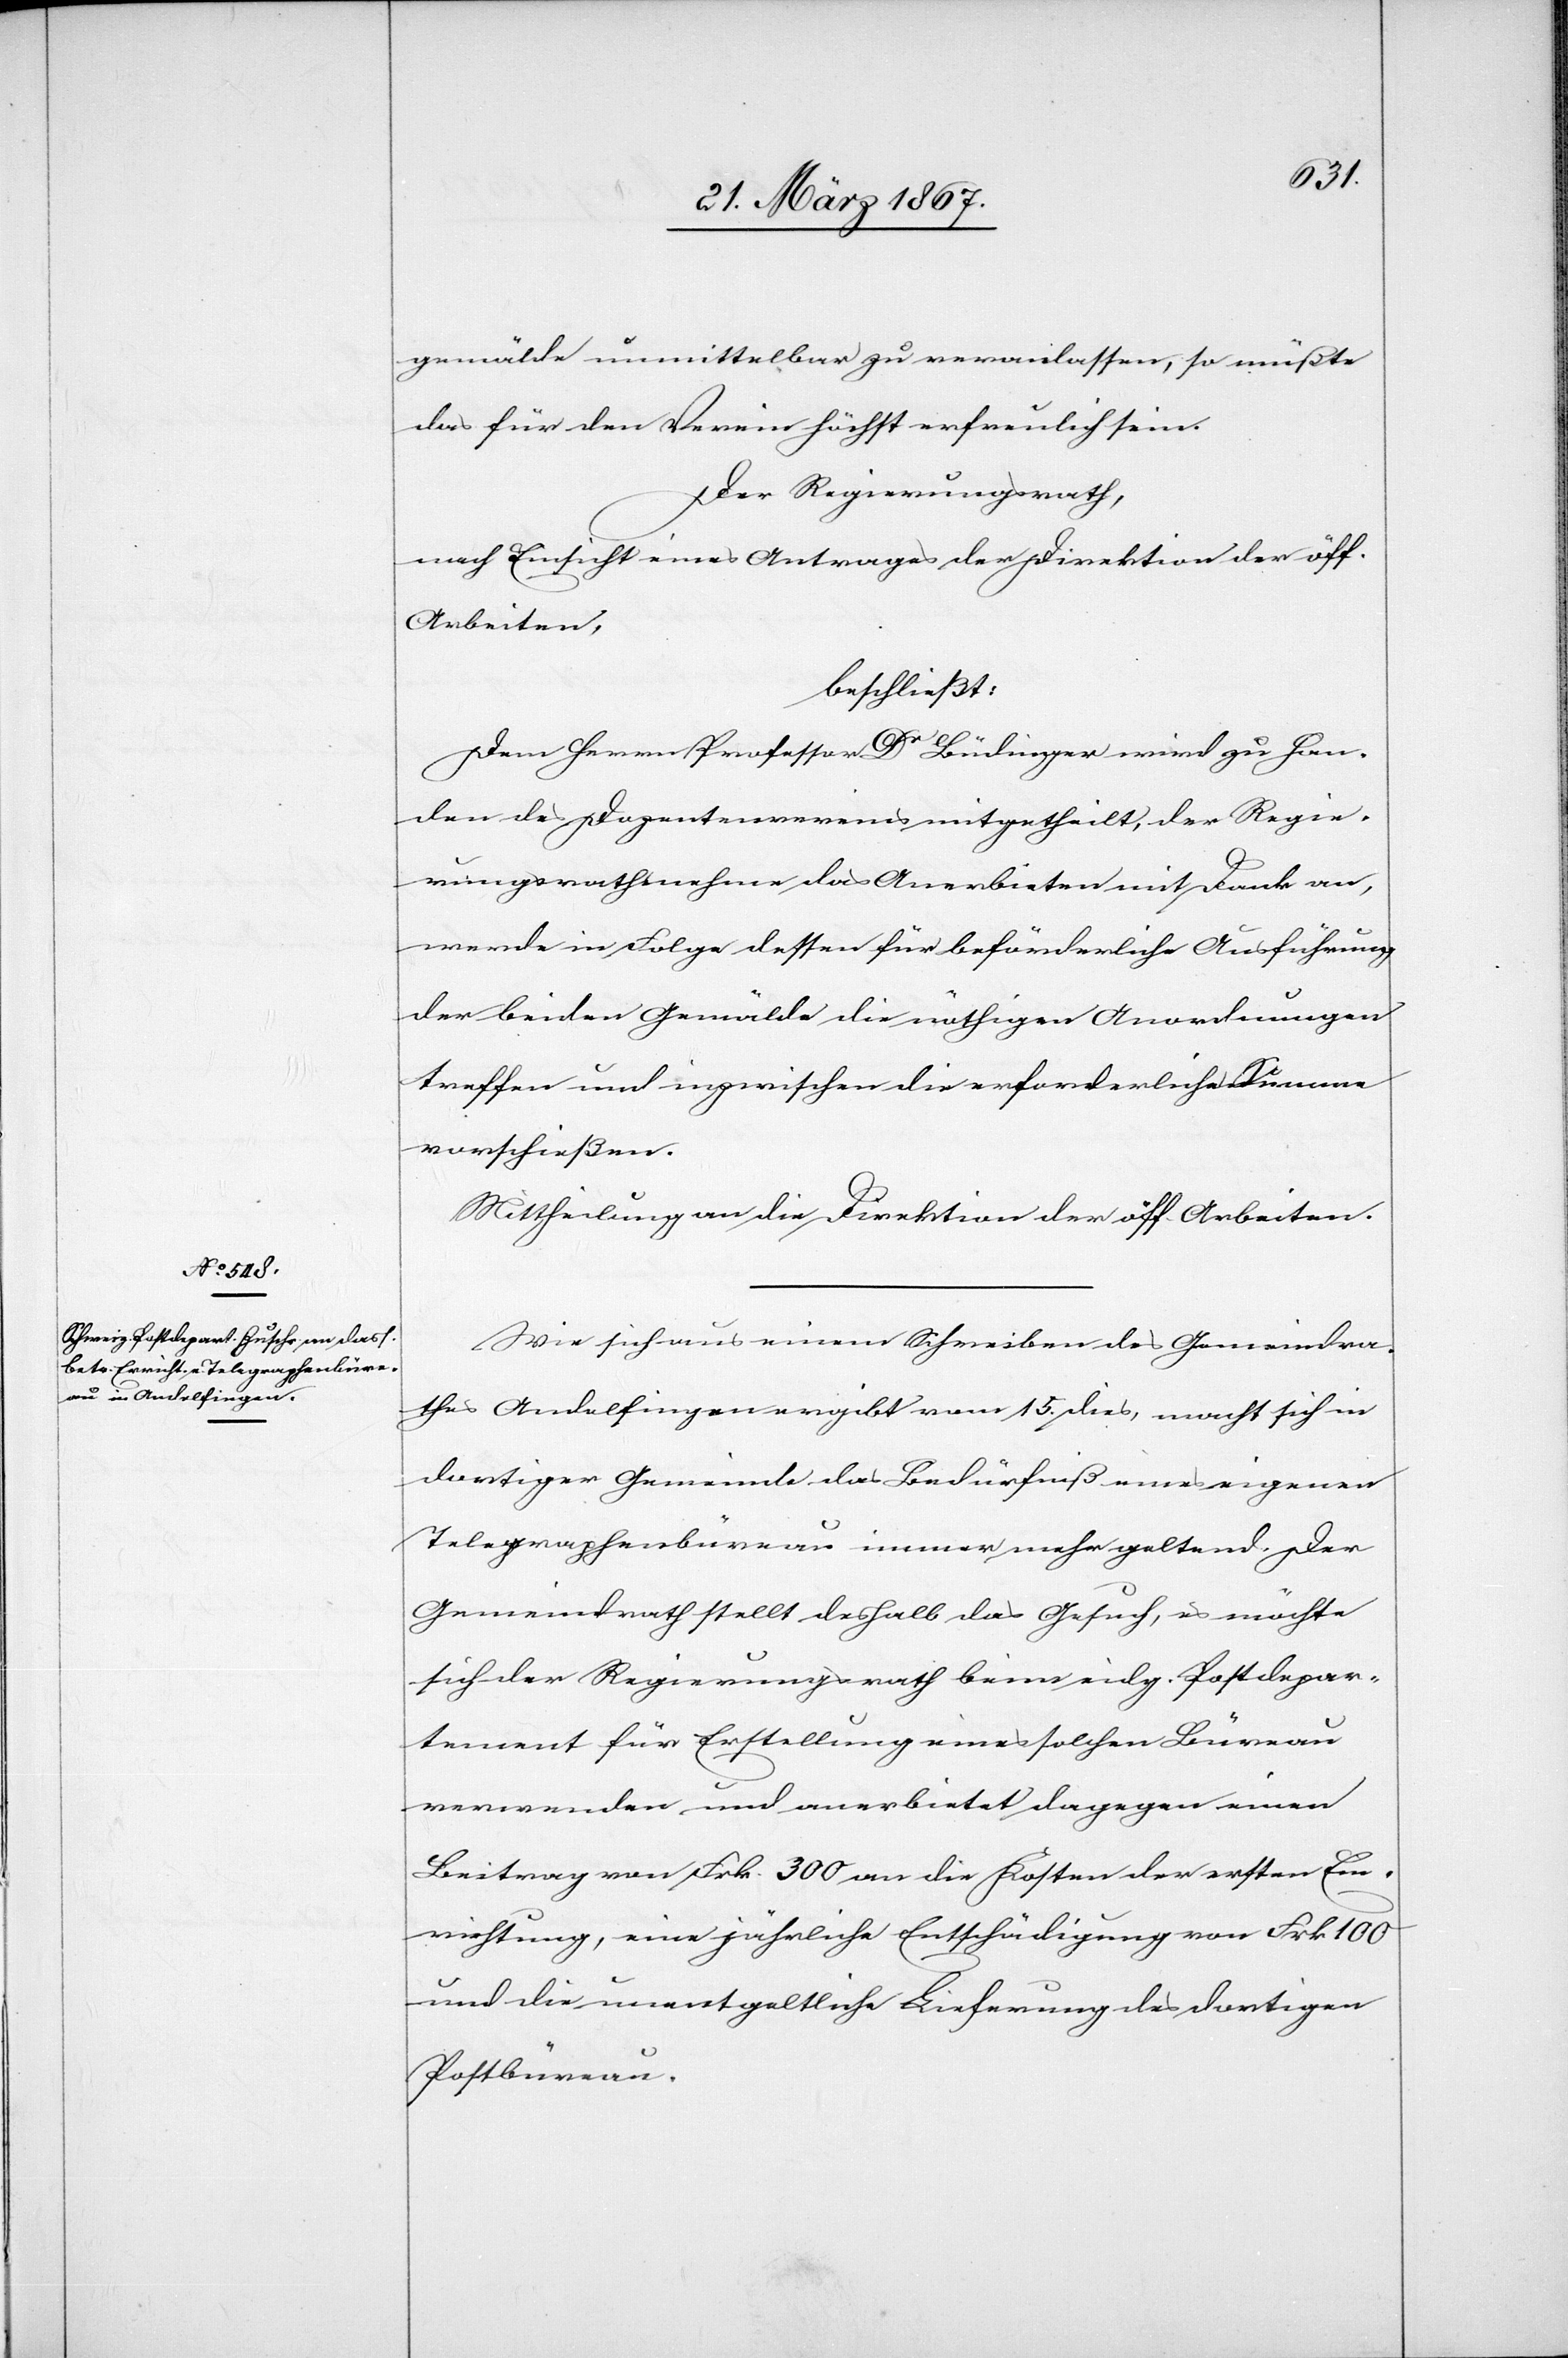
gemälde unmittelbar zu veranlassen, so müßte
das für den Verein höchst erfreulich sein.
Der Regierungsrath,
nach Einsicht eines Antrages der Direktion der öff.
Arbeiten,
beschließt:
Dem Herrn Professor Dr Bädinger wird zu Han¬
den des Dozentenvereines mitgetheilt, der Regie¬
rungsrath nehme das Anerbieten mit Dank an,
werde in Folge dessen für beförderliche Ausführung
der beiden Gemälde die nöthigen Anordnungen
treffen und inzwischen die erforderliche Summe
vorschießen.
Mittheilung an die Direktion der öff. Arbeiten.
Wie sich aus einem Schreiben des Gemeindra¬
thes Andelfingen ergibt vom 15. dies, macht sich in
dortiger Gemeinde das Bedürfniß eines eigenen
Telegraphenbüreau immer mehr geltend. Der
Gemeindrath stellt deshalb das Gesuch, es möchte
sich der Regierungsrath beim eidg. Postdepar¬
tement für Erstellung eines solchen Büreau
verwenden und anerbietet dagegen einen
Beitrag von Frk. 300 an die Kosten der ersten Ein¬
richtung, eine jährliche Entschädigung von Frk. 100
und die unentgeltliche Lieferung des dortigen
Postbüreau.